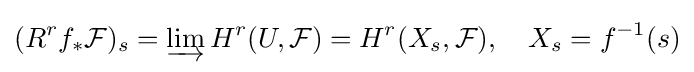
(R^{r}f_{*}{\mathcal {F}})_{s}=\varinjlim H^{r}(U,{\mathcal {F}})=H^{r}(X_{s},{\mathcal {F}}),\quad X_{s}=f^{-1}(s)